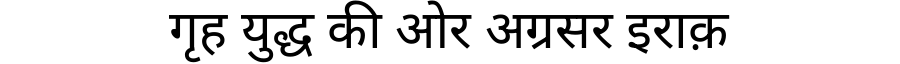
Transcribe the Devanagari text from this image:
गृह युद्ध की ओर अग्रसर इराक़